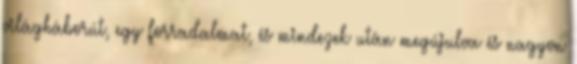
világháborút, egy forradalmat, és mindezek után megújulva és nagyon